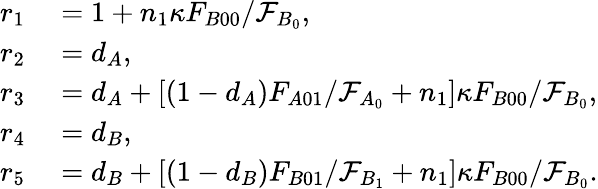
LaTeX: \begin{array}{rl}{r_{1}}&{{}=1+n_{1}\kappa F_{B00}/\mathcal{F}_{B_{0}},}\\ {r_{2}}&{{}=d_{A},}\\ {r_{3}}&{{}=d_{A}+[(1-d_{A})F_{A01}/\mathcal{F}_{A_{0}}+n_{1}]\kappa F_{B00}/\mathcal{F}_{B_{0}},}\\ {r_{4}}&{{}=d_{B},}\\ {r_{5}}&{{}=d_{B}+[(1-d_{B})F_{B01}/\mathcal{F}_{B_{1}}+n_{1}]\kappa F_{B00}/\mathcal{F}_{B_{0}}.}\end{array}